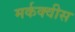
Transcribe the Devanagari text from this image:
मर्कक्वीस